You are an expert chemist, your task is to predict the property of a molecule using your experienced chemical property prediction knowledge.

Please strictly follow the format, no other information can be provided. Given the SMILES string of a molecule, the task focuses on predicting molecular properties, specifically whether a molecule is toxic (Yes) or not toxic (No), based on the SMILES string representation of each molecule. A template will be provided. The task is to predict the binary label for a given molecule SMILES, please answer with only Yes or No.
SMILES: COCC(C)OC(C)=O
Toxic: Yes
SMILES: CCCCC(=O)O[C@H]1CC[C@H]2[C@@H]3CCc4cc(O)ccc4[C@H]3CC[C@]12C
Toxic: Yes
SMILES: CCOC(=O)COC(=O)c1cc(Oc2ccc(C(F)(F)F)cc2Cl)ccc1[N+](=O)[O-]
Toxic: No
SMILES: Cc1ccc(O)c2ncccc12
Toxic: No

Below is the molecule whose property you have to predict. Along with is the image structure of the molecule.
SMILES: ClC1=C(Cl)C(Cl)(Cl)C(Cl)=C1Cl
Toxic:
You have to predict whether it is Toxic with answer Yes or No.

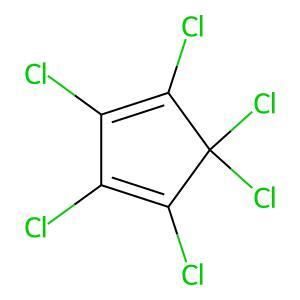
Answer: No